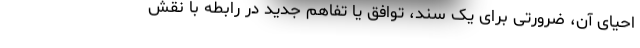
احیای آن، ضرورتی برای یک سند، توافق یا تفاهم جدید در رابطه با نقش